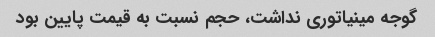
گوجه مینیاتوری نداشت، حجم نسبت به قیمت پایین بود